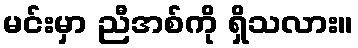
မင်းမှာ ညီအစ်ကို ရှိသလား။